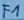
Text: F1